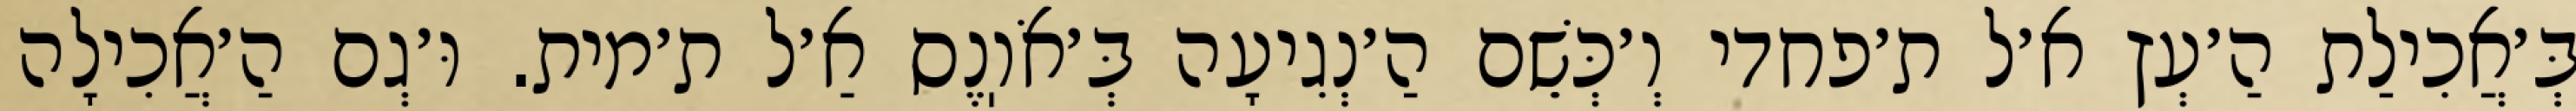
בְּ׳אֲכִילַת הַ׳עְץ א׳ל ת׳פחדי וְ׳כְּשֵׁם הַ׳נְגִיעָה בְּ׳אֹוֽנֶס אַ׳ל ת׳מית. וּ׳גְם הַ׳אֲכִילָה